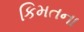
કિમતના